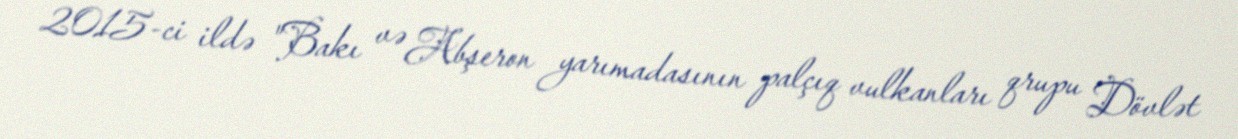
2015-ci ildə "Bakı və Abşeron yarımadasının palçıq vulkanları qrupu Dövlət